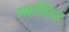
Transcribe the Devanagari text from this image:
महाँसिह